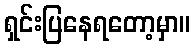
ရှင်းပြနေရတော့မှာ။